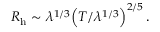
R _ { \mathrm { h } } \sim \lambda ^ { 1 / 3 } \Bigr ( T / \lambda ^ { 1 / 3 } \Bigl ) ^ { 2 / 5 } \, .